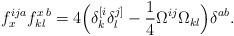
\begin{align*}f_{x}^{ija} f^{x\,b}_{kl} = 4 \Big( \delta^{[i}_{k}\delta^{j]}_{l} - \frac{1}{4} \Omega^{ij} \Omega_{kl}\Big) \delta^{ab}.\end{align*}